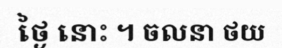
ថ្ងៃ នោះ ។ ចលនា ថយ